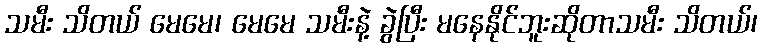
သမီး သိတယ် မေမေ၊ မေမေ သမီးနဲ့ ခွဲပြီး မနေနိုင်ဘူးဆိုတာသမီး သိတယ်၊